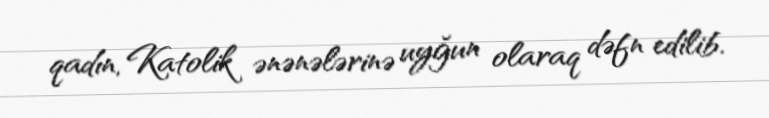
qadın, Katolik ənənələrinə uyğun olaraq dəfn edilib.